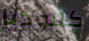
كلاوديا